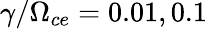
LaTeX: \gamma/\Omega_{ce}=0.01,0.1